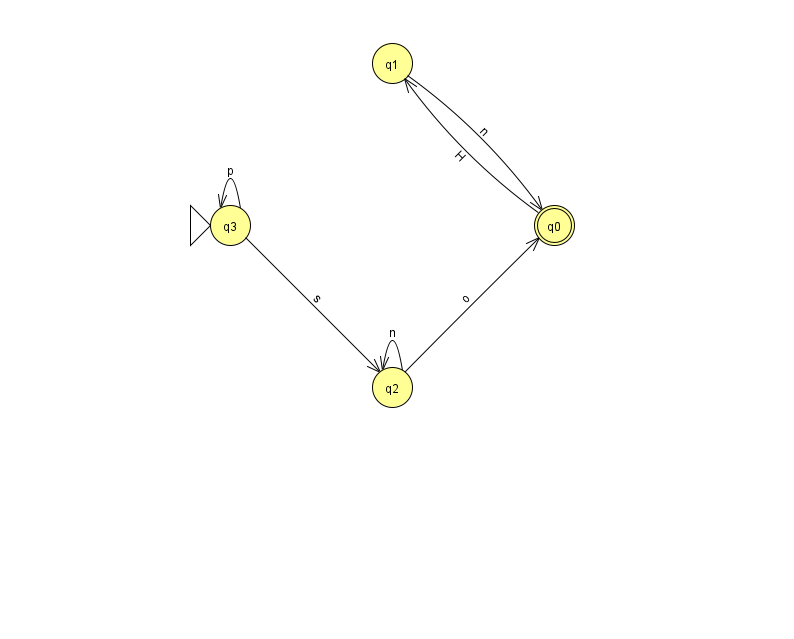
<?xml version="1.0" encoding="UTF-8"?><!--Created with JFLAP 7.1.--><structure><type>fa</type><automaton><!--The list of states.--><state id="0" name="q0"><x>554.0</x><y>212.0</y><final/></state><state id="1" name="q1"><x>392.0</x><y>50.0</y></state><state id="2" name="q2"><x>392.0</x><y>374.0</y></state><state id="3" name="q3"><x>230.0</x><y>212.0</y><initial/></state><!--The list of transitions.--><transition><from>2</from><to>0</to><read>o</read></transition><transition><from>3</from><to>3</to><read>p</read></transition><transition><from>0</from><to>1</to><read>H</read></transition><transition><from>3</from><to>2</to><read>s</read></transition><transition><from>1</from><to>0</to><read>n</read></transition><transition><from>2</from><to>2</to><read>n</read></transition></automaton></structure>